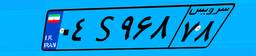
۲۰S۲۱۰۱۶